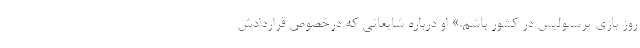
روز بازی پرسپولیس در کشور باشم.» او درباره شایعاتی که درخصوص قراردادش